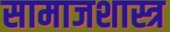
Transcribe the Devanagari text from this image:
सामाजशास्त्र